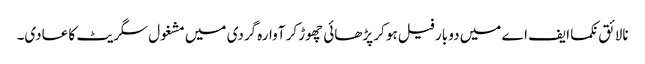
نالائق نکما ایف اے میں دو بار فیل ہو کر پڑھائی چھوڑ کر آوارہ گردی میں مشغول سگریٹ کا عادی۔